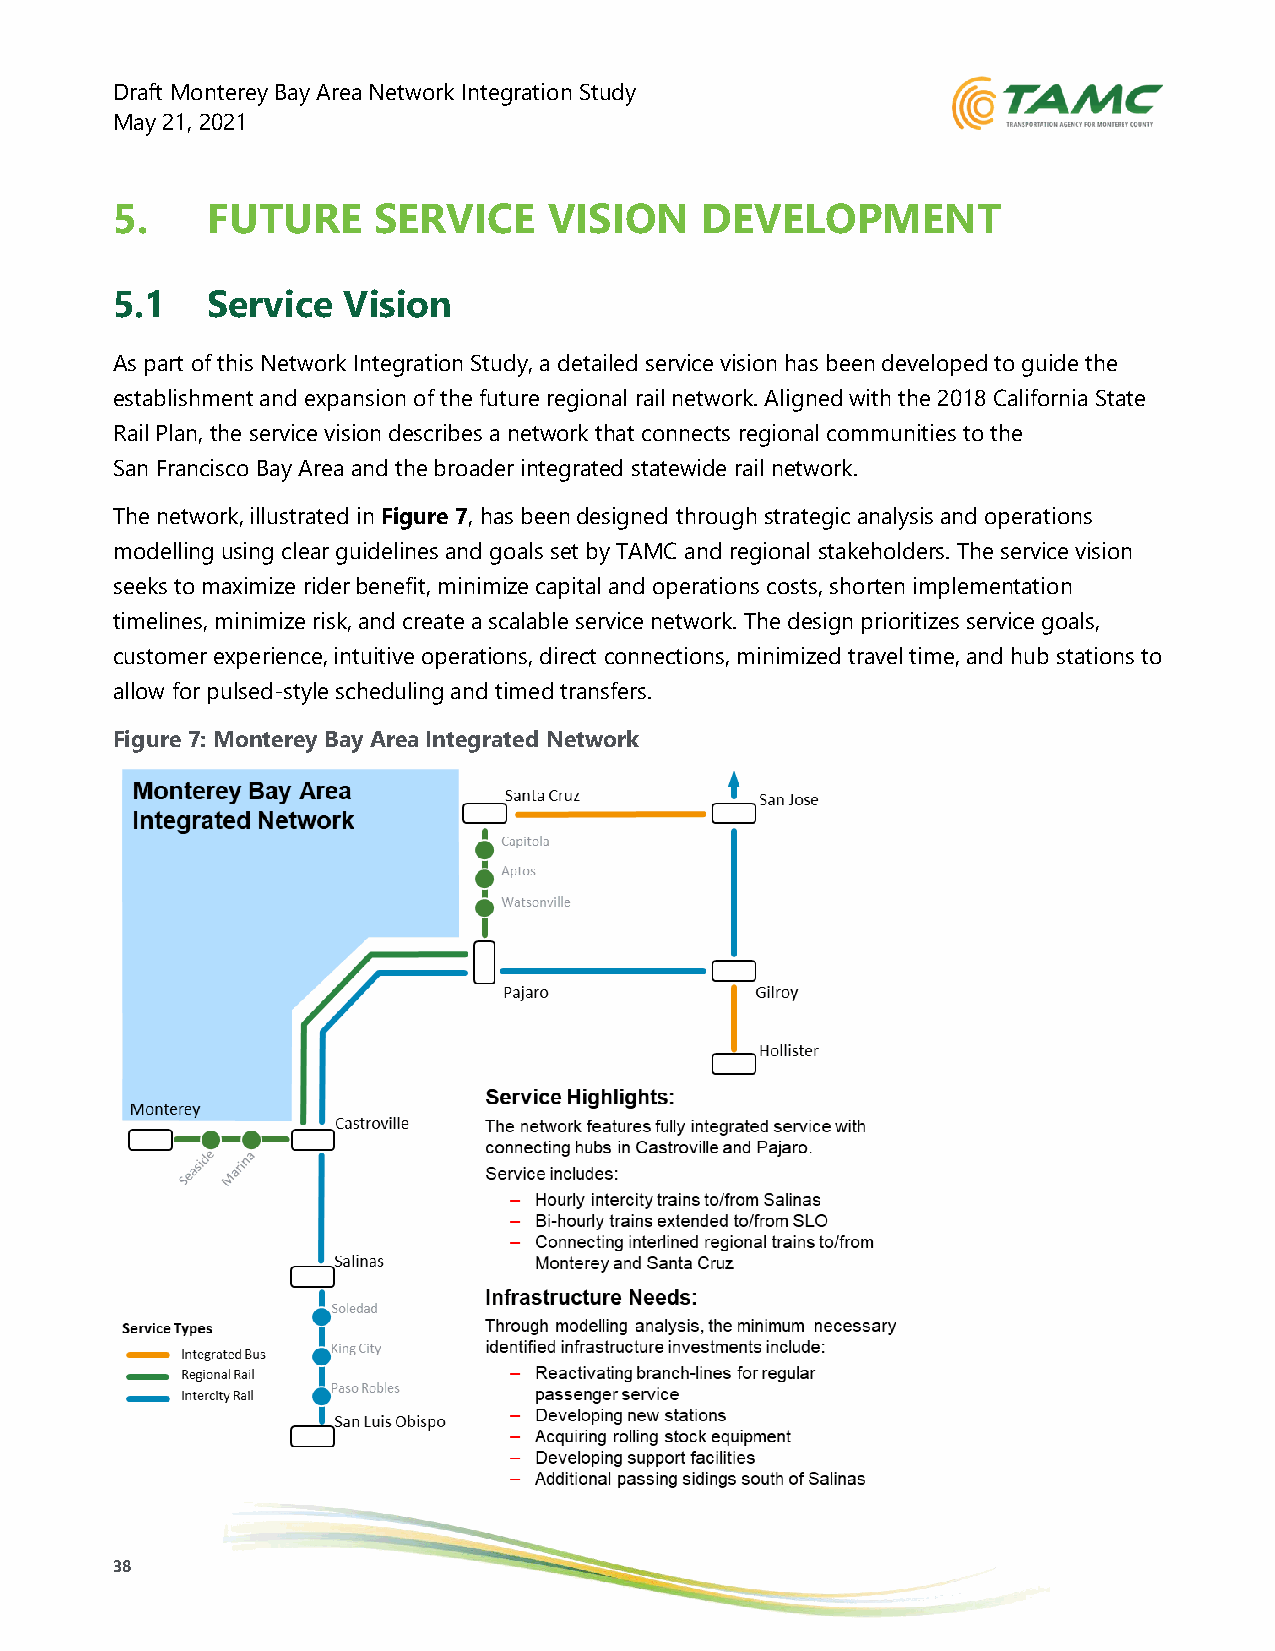
Draft Monterey Bay Area Network Integration Study
 May 21, 2021
 5.     FUTURE     SERVICE    VISION    DEVELOPMENT
 5.1    Service  Vision
 As part of this Network Integration Study, a detailed service vision has been developed to guide the
 establishment and expansion of the future regional rail network. Aligned with the 2018 California State
 Rail Plan, the service vision describes a network that connects regional communities to the
 San Francisco Bay Area and the broader integrated statewide rail network.
 The network, illustrated in Figure 7, has been designed through strategic analysis and operations
 modelling using clear guidelines and goals set by TAMC and regional stakeholders. The service vision
 seeks to maximize rider benefit, minimize capital and operations costs, shorten implementation
 timelines, minimize risk, and create a scalable service network. The design prioritizes service goals,
 customer experience, intuitive operations, direct connections, minimized travel time, and hub stations to
 allow for pulsed-style scheduling and timed transfers.
 Figure 7: Monterey Bay Area Integrated Network
 38